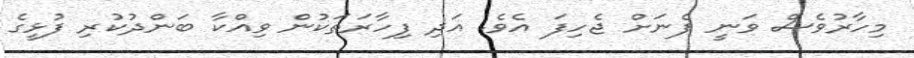
މިހާރުވެސް ވަނީ ފެނަށް ޖެހިފަ އެވެ. އަދި ފިހާރަތަކުން ވިއްކާ ބަންދުކުރި ފުޅީގެ